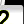
Digit: 2